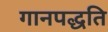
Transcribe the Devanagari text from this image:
गानपद्धति